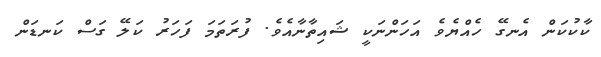
ކާކުކަން އެނގޭ ހެއްޔެވެ އަހަންނަކީ ޝައިތާނާއެވެ. ފުރަތަމަ ފަހަރު ކަލޭ ގަސް ކަނޑަން